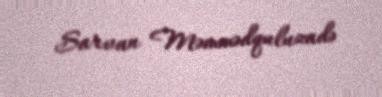
Sarvan Məmmədquluzadə